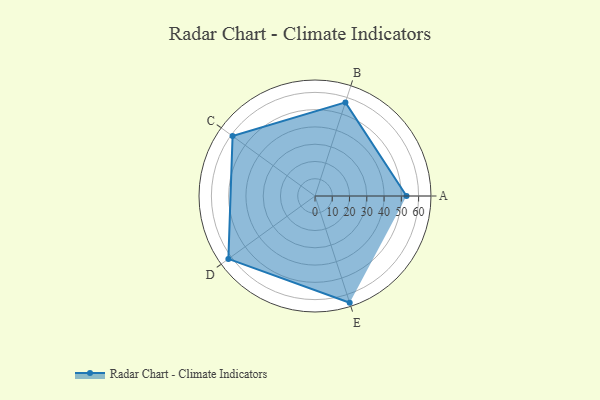
{"axis": {"x": "Skill", "y": "Score"}, "legend": ["Profile"], "data": [{"x": "A", "y": 53.0, "type": "Profile"}, {"x": "B", "y": 57.0, "type": "Profile"}, {"x": "C", "y": 59.0, "type": "Profile"}, {"x": "D", "y": 62.0, "type": "Profile"}, {"x": "E", "y": 65.0, "type": "Profile"}]}